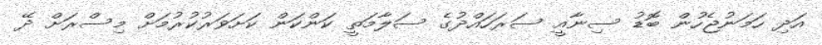
އަދި ހަމަނުޖެހުން ބޮޑު ސިނާއީ ސަރަހައްދުގެ ސަލާމަތީ ކަންކަން ކަށަވަރުކުރުމަށް މިސްރަށް ދޭ